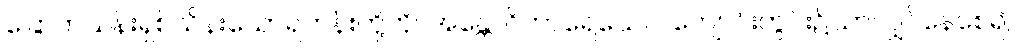
ခြောက်သန်းရှစ်သိန်းသောရဟန်းတို့ကို။ အန္တောဝိဟာရေယေဝ၊ ကျောင်းတွင်း၌သာလျှင်နေစေ၍။